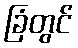
ခြံတွင်